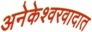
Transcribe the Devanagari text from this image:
अनेकेश्वरवादात